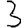
Digit: 3